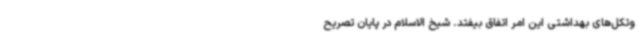
وتکل‌های بهداشتی این امر اتفاق بیفتد. شیخ الاسلام در پایان تصریح